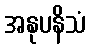
အနုပနိသံ